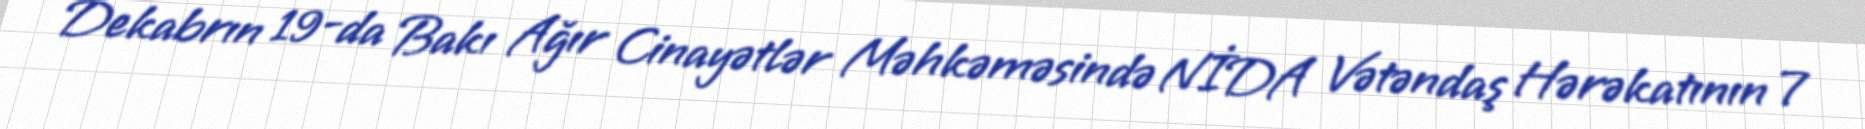
Dekabrın 19-da Bakı Ağır Cinayətlər Məhkəməsində NİDA Vətəndaş Hərəkatının 7